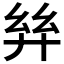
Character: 𢇂